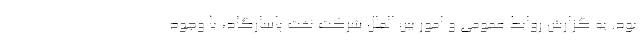
بود. به گزارش روابط عمومی و امور بین الملل شرکت نفت پاسارگاد، با وجود